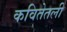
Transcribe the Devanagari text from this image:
कवितेतली